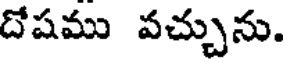
దోషము వచ్చును.